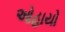
ઓહાયો